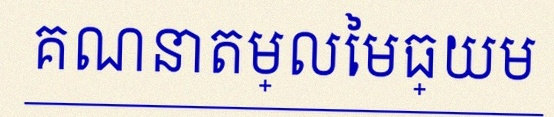
គណនាតម្លៃមធ្យម